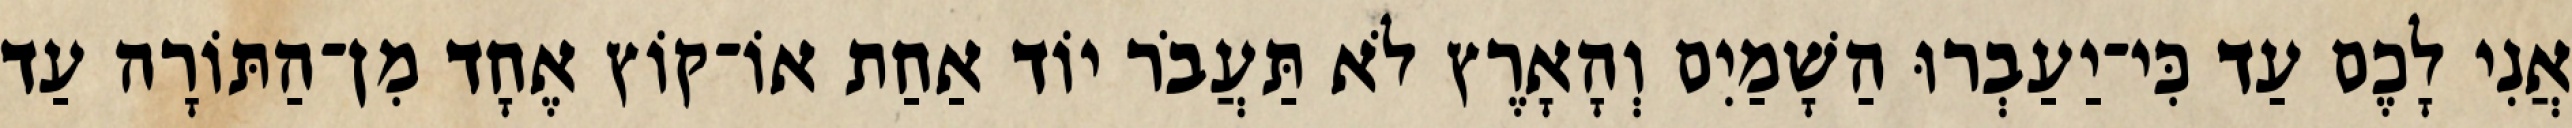
אֲנִי לָכֶם עַד כִּי־יַעַבְרוּ הַשָׁמַיִם וְהָאָרֶץ לֹא תַּעֲבֹר יוֹד אַחַת אוֹ־קוֹץ אֶחָד מִן־הַתּוֹרָה עַד